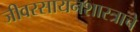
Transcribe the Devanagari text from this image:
जीवरसायनशास्त्राचे